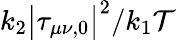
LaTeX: k_{2}\big|\tau_{\mu\nu,0}\big|^{2}/k_{1}\mathcal{T}